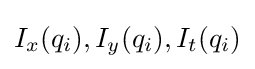
I_{x}(q_{i}),I_{y}(q_{i}),I_{t}(q_{i})